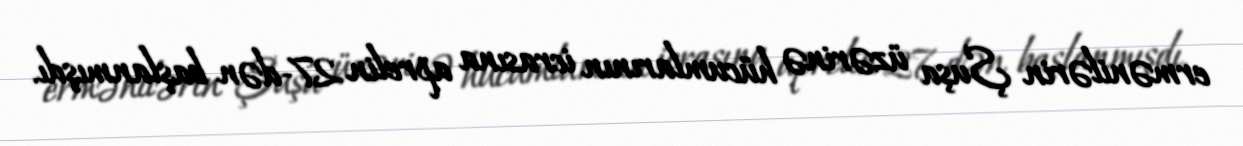
ermənilərin Şuşa üzərinə hücumlarının icrasına aprelin 27-dən başlanmışdı.